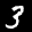
Label: 3